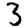
Digit: 3